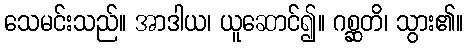
သေမင်းသည်။ အာဒါယ၊ ယူဆောင်၍။ ဂစ္ဆတိ၊ သွား၏။